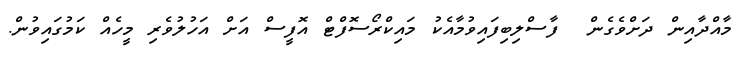
މާއްދާއިން ދަށްވެގެން  ފާސްލިބިފައިވުމާއެކު މައިކްރޯސޮފްޓް އޮފީސް އަށް އަހުލުވެރި މީހެއް ކަމުގައިވުން.